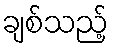
ချစ်သည့်